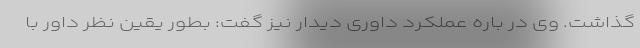
گذاشت. وی در باره عملکرد داوری دیدار نیز گفت: بطور یقین نظر داور با